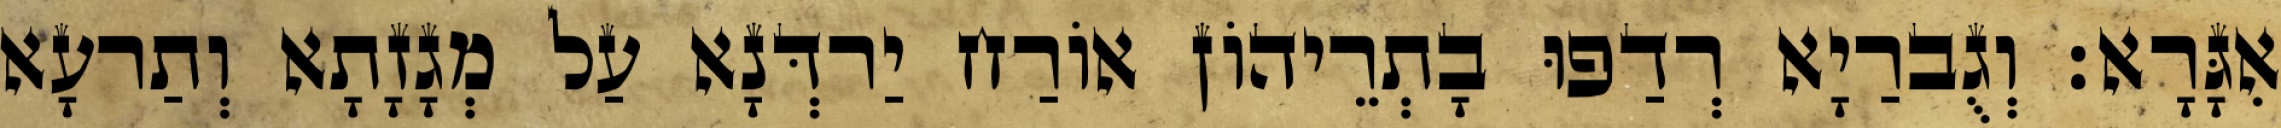
אִגָּרָא׃ וְגֻברַיָא רְדַפוּ בָתְרֵיהוֹן אוֹרַח יַרדְּנָא עַל מְגָזָתָא וְתַרעָא